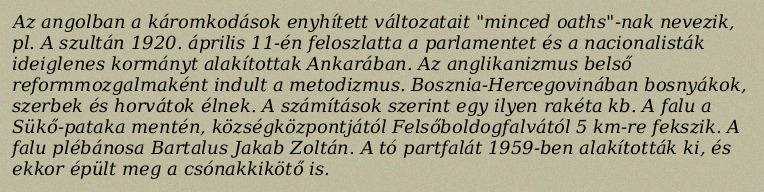
Az angolban a káromkodások enyhített változatait "minced oaths"-nak nevezik, pl. A szultán 1920. április 11-én feloszlatta a parlamentet és a nacionalisták ideiglenes kormányt alakítottak Ankarában. Az anglikanizmus belső reformmozgalmaként indult a metodizmus. Bosznia-Hercegovinában bosnyákok, szerbek és horvátok élnek. A számítások szerint egy ilyen rakéta kb. A falu a Sükő-pataka mentén, községközpontjától Felsőboldogfalvától 5 km-re fekszik. A falu plébánosa Bartalus Jakab Zoltán. A tó partfalát 1959-ben alakították ki, és ekkor épült meg a csónakkikötő is.